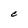
Character: C